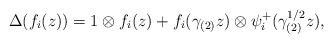
LaTeX: \begin{align*} \Delta(f_i(z))=1\otimes f_i(z)+f_i(\gamma_{(2)}z)\otimes \psi_i^+(\gamma^{1/2}_{(2)}z),\end{align*}